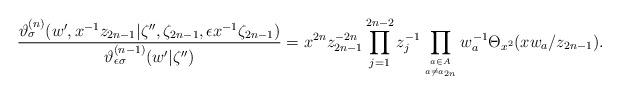
LaTeX: \begin{align*}\displaystyle \frac{\vartheta_{\sigma}^{(n)}(w', x^{-1}z_{2n-1} |\zeta'',\zeta_{2n-1}, \epsilon x^{-1} \zeta_{2n-1})}{\vartheta_{\epsilon\sigma}^{(n-1)}(w' |\zeta'')}=\displaystyle x^{2n}z_{2n-1}^{-2n}\prod_{j=1}^{2n-2} z_j^{-1} \prod_{a\in A\atop a\neq a_{2n}}w_a^{-1} \Theta_{x^2}(x w_{a}/z_{2n-1}). \end{align*}